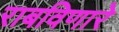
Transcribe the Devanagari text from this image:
राबविणारे